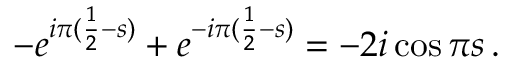
- e ^ { i \pi ( \frac 1 2 - s ) } + e ^ { - i \pi ( \frac 1 2 - s ) } = - 2 i \cos \pi s \, .